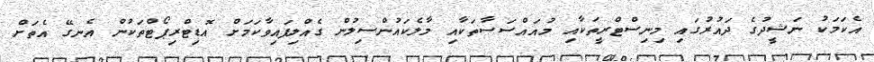
އެކަމަކު ނަޝީދުގެ ދައުރުގައި މިނިސްޓްރީތަކާއި މުއައްސަސާތަކާއި މާލެކައުންސިލުން ގެއްލިފައިވާކަމަށް އޮޑިޓްރިޕޯޓްތަކުން އެނގޭ އެތަށް